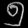
Digit: ၅